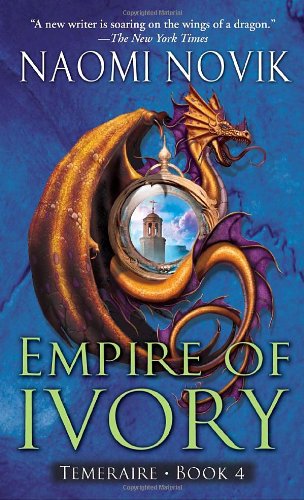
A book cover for Empire of Ivory (Temeraire, Book 4); Naomi Novik; Science Fiction & Fantasy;